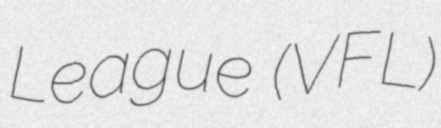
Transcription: League (VFL)